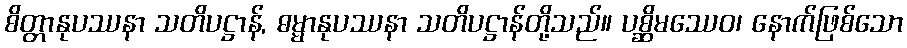
စိတ္တာနုပဿနာ သတိပဋ္ဌာန်, ဓမ္မာနုပဿနာ သတိပဋ္ဌာန်တို့သည်။ ပစ္ဆိမဿေဝ၊ နောက်ဖြစ်သော